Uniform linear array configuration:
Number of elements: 12
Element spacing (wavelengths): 0.5
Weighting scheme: cosine
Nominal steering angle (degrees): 60
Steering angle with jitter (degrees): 58.195
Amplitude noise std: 0.05
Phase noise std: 0.05

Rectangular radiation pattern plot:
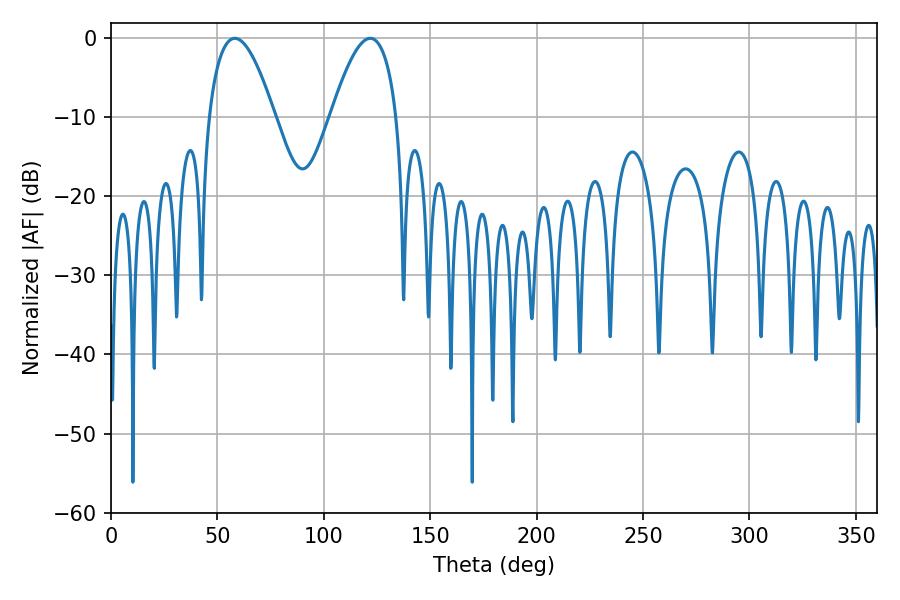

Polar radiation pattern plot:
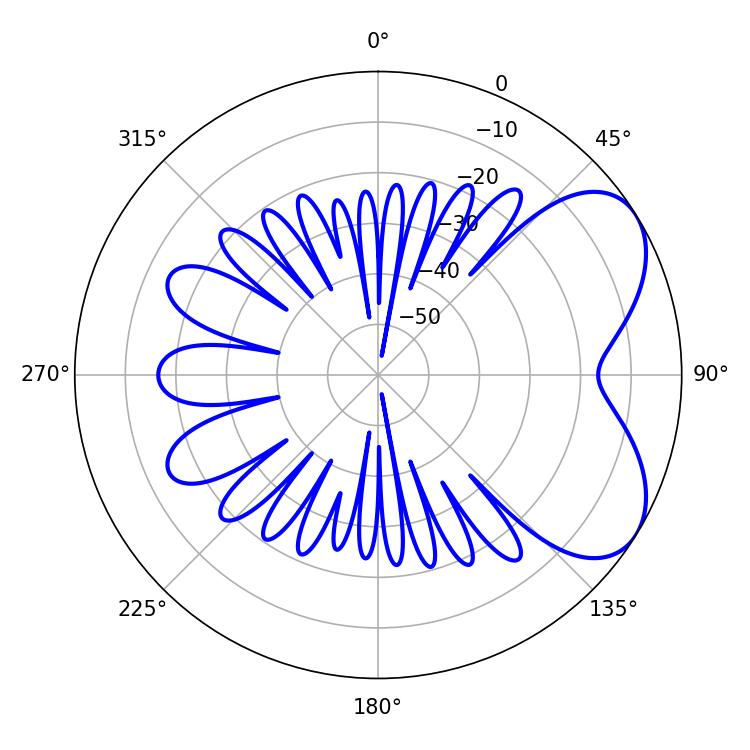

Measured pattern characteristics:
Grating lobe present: FALSE
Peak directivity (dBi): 5.698
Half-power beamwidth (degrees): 16.92
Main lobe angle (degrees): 58.14